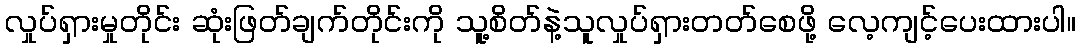
လှုပ်ရှားမှုတိုင်း ဆုံးဖြတ်ချက်တိုင်းကို သူ့စိတ်နဲ့သူလှုပ်ရှားတတ်စေဖို့ လေ့ကျင့်ပေးထားပါ။